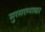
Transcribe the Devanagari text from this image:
सुरसरत्नाकर